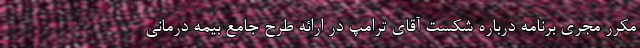
مکرر مجری برنامه درباره شکست آقای ترامپ در ارائه طرح جامع بیمه درمانی